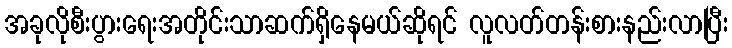
အခုလိုစီးပွားရေးအတိုင်းသာဆက်ရှိနေမယ်ဆိုရင် လူလတ်တန်းစားနည်းလာပြီး